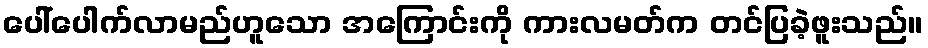
ပေါ်ပေါက်လာမည်ဟူသော အကြောင်းကို ကားလမတ်က တင်ပြခဲ့ဖူးသည်။